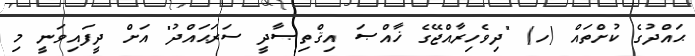
ޙައްދުގެ ކުށްތައް (ހ) "ދިވެހިރާއްޖޭގެ ޚާއްޞަ އިޤްތިޞާދީ ސަރަޙައްދު" އަށް ދީފައިވަނީ މި